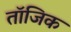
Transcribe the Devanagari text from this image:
तॉजिक